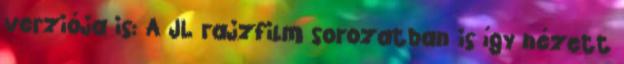
verziója is: A JL rajzfilm sorozatban is így nézett